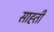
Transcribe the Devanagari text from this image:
साह्ती